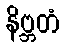
နိဗ္ဘတံ